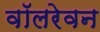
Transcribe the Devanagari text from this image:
वॉलरेवन